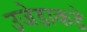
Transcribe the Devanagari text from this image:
उजेडाकडे